Vabadussoja_Ajaloo_Komitee, lk 30
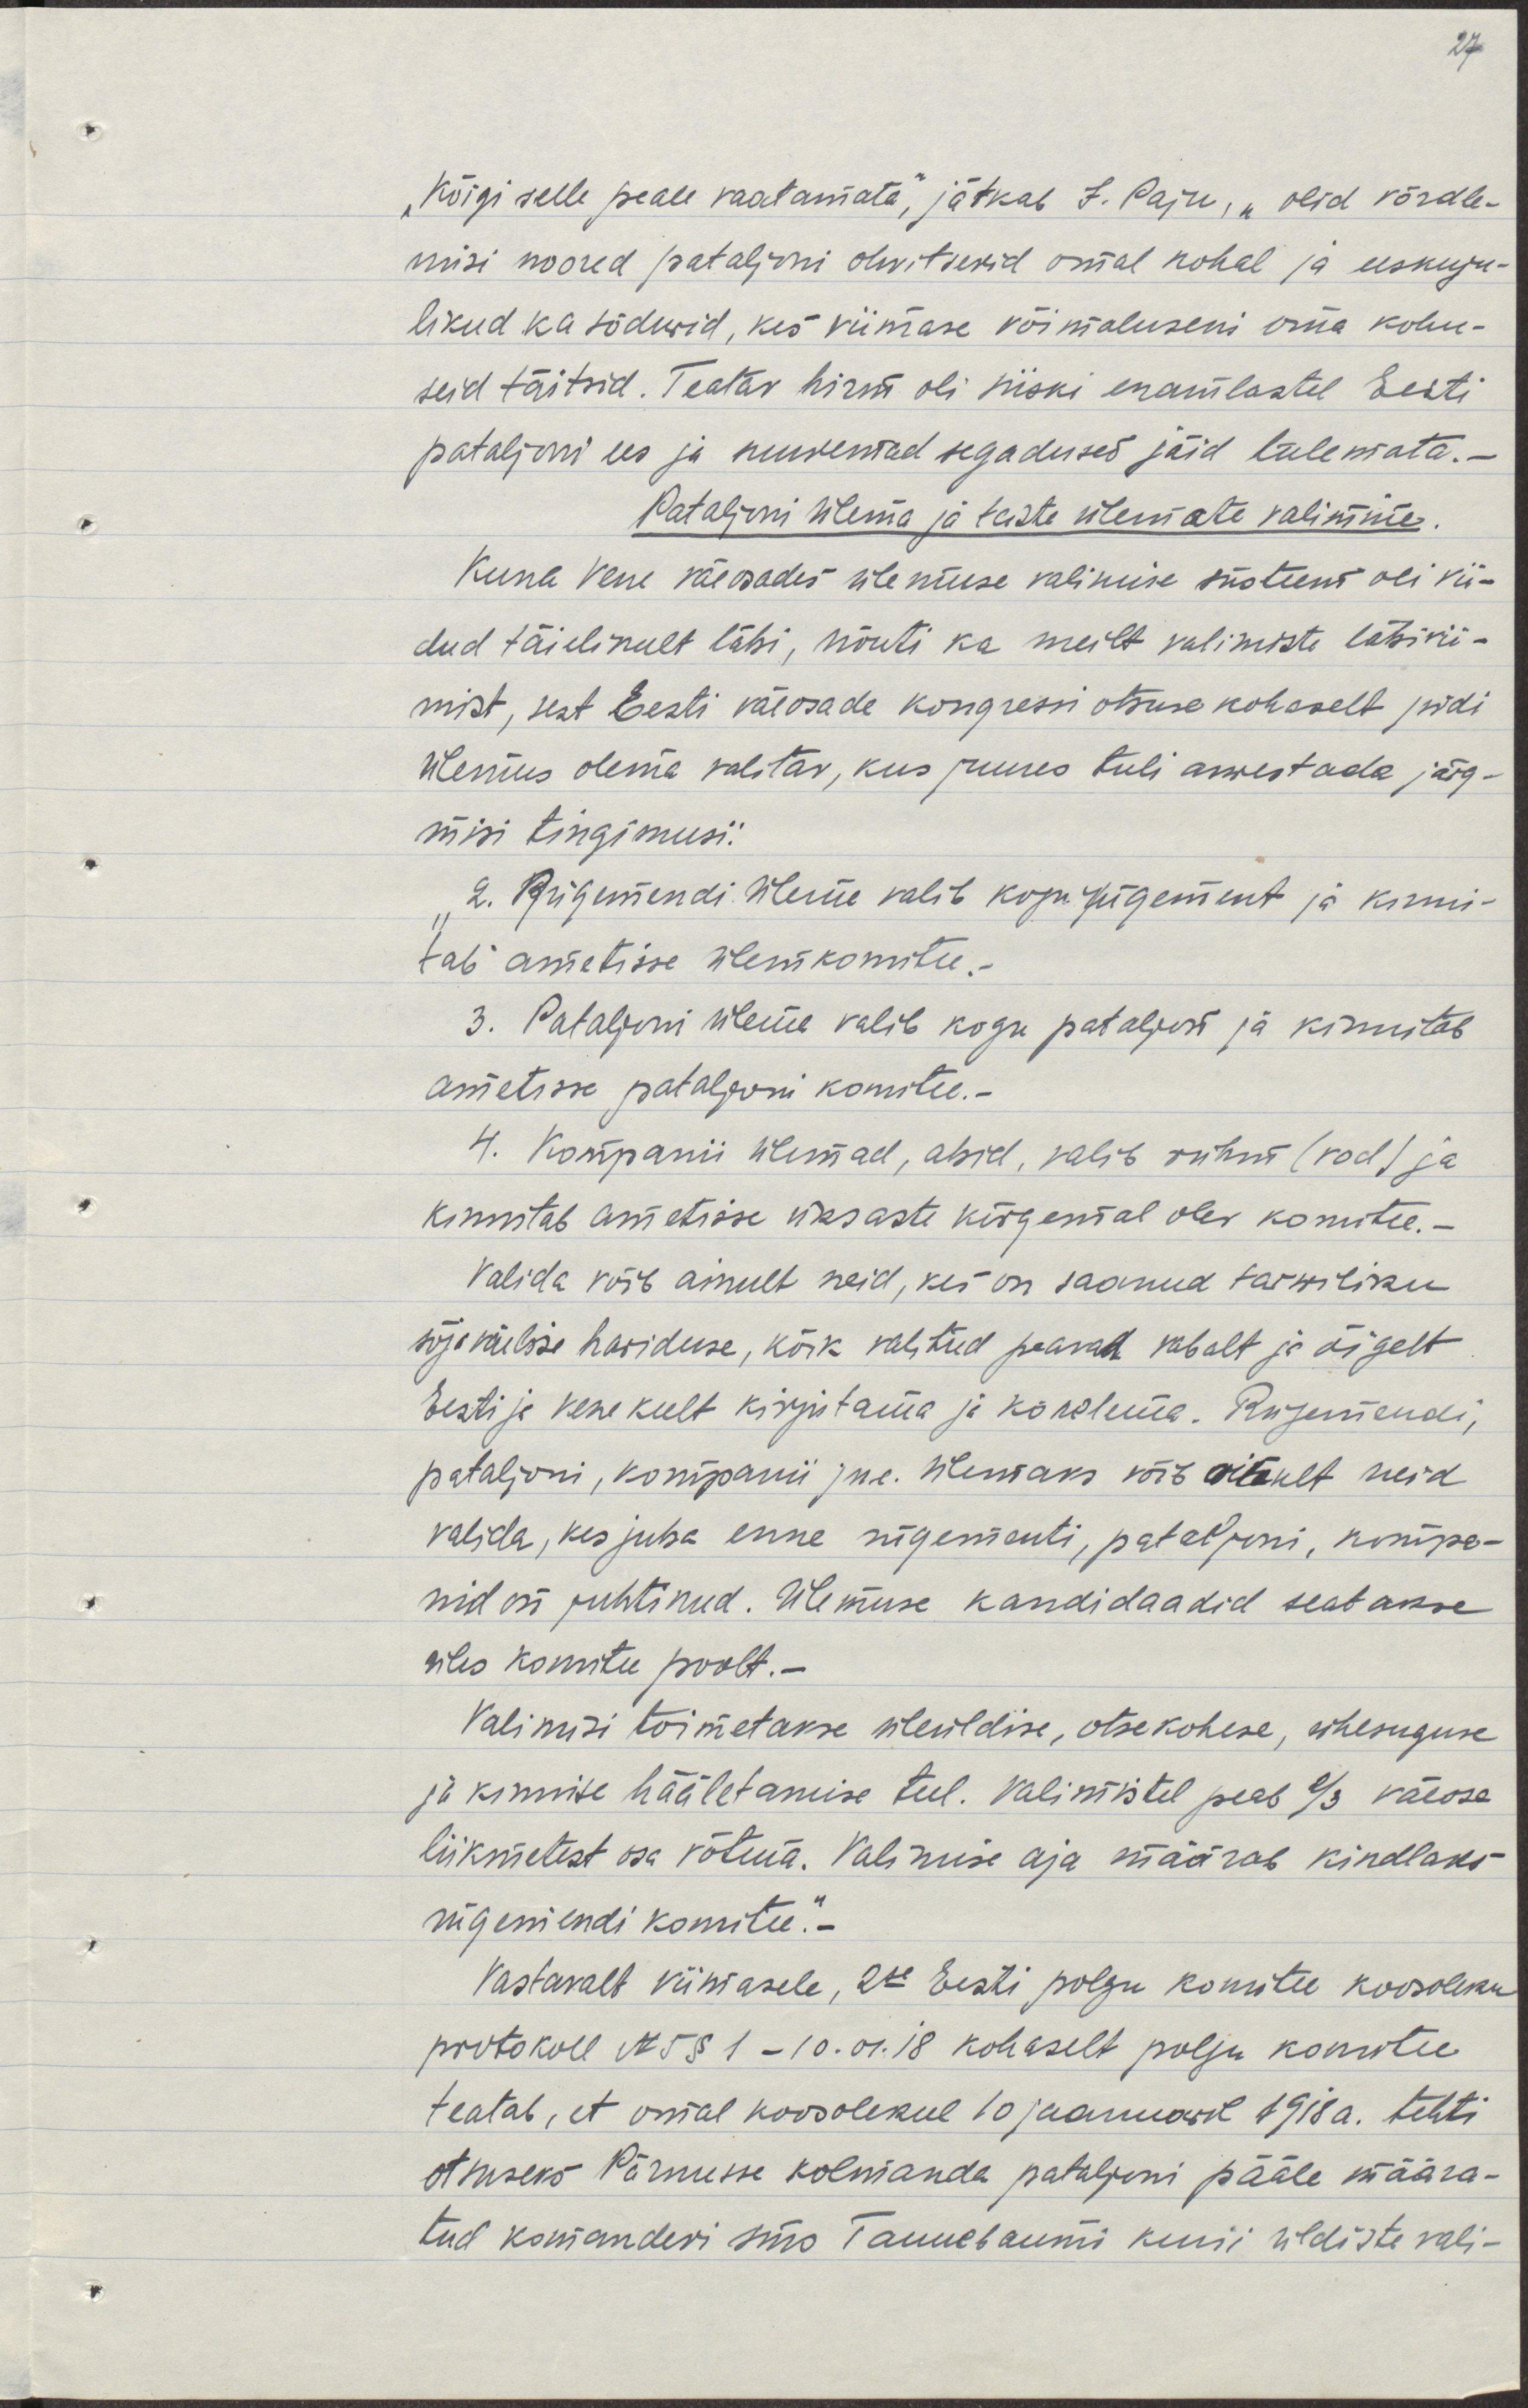
"Kõigi selle peale vaatamata," jätkab J. Paju, "olid võrdle- 
misi noored pataljoni ohwitserid omal kohal ja eeskuju-
likud ka sõdurid, kes viimase võimaluseni oma kohu-
seid täitsid. Teatav hirm oli siiski enamlaste Eesti
pataljoni ees ja suuremad segadused jäid tulemata.
Pataljoni ülema ja teiste ülemate valimine.
Kuna Vene väeosades ülemuse valimise süsteem oli vii-
dud täielikult läbi, nõuti ka meilt valimiste läbivii-
mist, sest Eesti väeosade kongressi otsuse kohaselt pidi
ülemus olema valitav, kus juures tuli arvestada järg-
misi tingimusi:
"2. Rügemendi ülema valib kogu rügement ja kinni-
tab ametisse ülemkomitee.-
3. Pataljoni ülema valib kogu pataljon ja kinnitab 
ametisse pataljoni komitee.-
4.  Kompanii ülemad, abid, valib rühm (rod) ja
kinnitab ametisse üks aste kõrgemal olev komitee.
Valida võib ainult neid, kes on saanud tarwiliku
sõjaväelise hariduse, kõik valitud peavad vabalt ja õigelt
eesti ja vene keelt kirjutama ja kõnelema. Rügemendi,
pataljoni, kompanii jne. ülemaks võib ainult neid
valida, kes juba enne rügementi, pataljoni, kompan-
nid on juhtinud. Ülemuse kandidaadid seatakse
üles komitee poolt.-
Valimisi toimetakse üleüldise, otsekohese, ühesuguse
ja kinnise hääletamise teel. Valimistel peab 2/3 väeosa
liikmetest osa võtma. Valimise aja määrab kindlaks 
rügemendi komitee."-
Vastavalt viimasele,  2se Eesti polgu komitee koosoleku
protokoll N5§1- 10.01.18 kohaselt polgu komitee
teatab, et omal koosolekul 10 jaanuaril 1918a. tehti 
otsuseks Pärnusse kolmanda pataljoni pääle määra-
tud komanderi sms Tannebaumi kui üldiste vali-